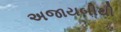
અજાયબીથી